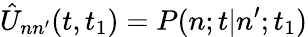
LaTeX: \hat{U}_{nn^{\prime}}(t,t_{1})=P(n;t|n^{\prime};t_{1})